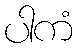
ပါကံ